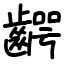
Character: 齶